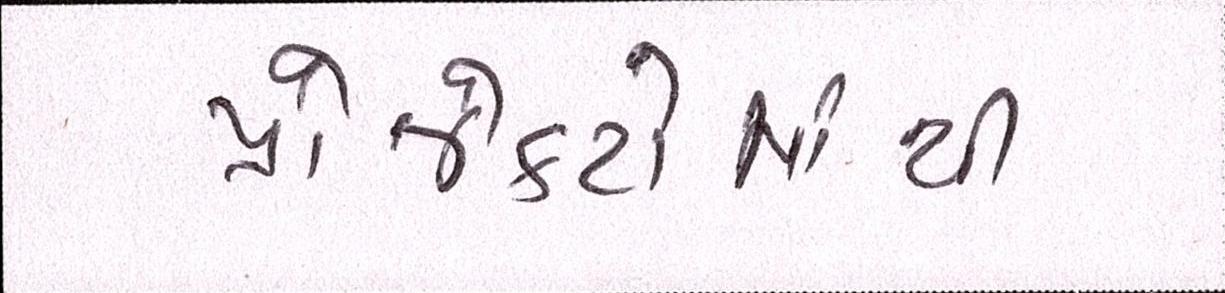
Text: પ્રોજેક્ટોમાંથી